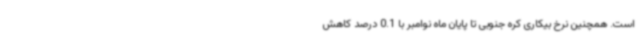
است. همچنین نرخ بیکاری کره جنوبی تا پایان ماه نوامبر با 0.1 درصد کاهش